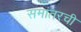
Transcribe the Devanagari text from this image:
समांतरची